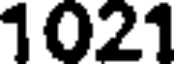
1021